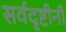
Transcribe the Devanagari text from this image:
सर्वदृष्टीनी